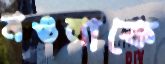
মওলাকে